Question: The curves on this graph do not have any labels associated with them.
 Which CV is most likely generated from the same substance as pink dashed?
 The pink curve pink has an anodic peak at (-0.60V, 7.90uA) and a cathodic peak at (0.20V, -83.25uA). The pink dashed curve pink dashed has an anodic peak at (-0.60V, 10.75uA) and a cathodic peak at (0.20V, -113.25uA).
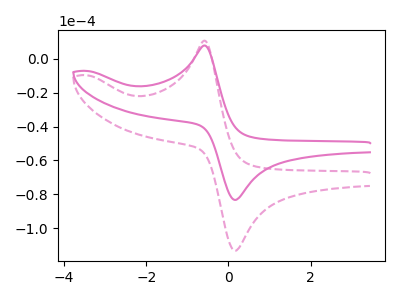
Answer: <think>All the peaks in "pink" have a peak in "pink dashed" at the same potential. Every peak in "pink" is lower than every peak in "pink dashed".
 </think>
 <answer>The CV with the most similar shape to "pink" is "pink dashed".</answer>
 <eval>"pink dashed"</eval>